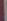
-